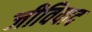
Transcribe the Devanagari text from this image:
जीविवाद